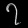
Digit: ၇